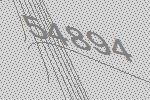
54894